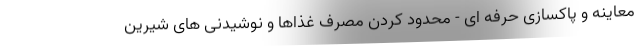
معاینه و پاکسازی حرفه ای - محدود کردن مصرف غذاها و نوشیدنی های شیرین